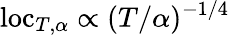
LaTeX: \mathrm{loc}_{T,\alpha}\propto(T/\alpha)^{-1/4}